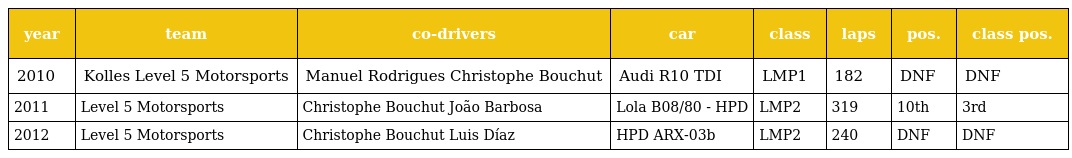
| year | team | co-drivers | car | class | laps | pos. | class pos. |
 | --- | --- | --- | --- | --- | --- | --- | --- |
 | 2010 | Kolles Level 5 Motorsports | Manuel Rodrigues Christophe Bouchut | Audi R10 TDI | LMP1 | 182 | DNF | DNF |
 | 2011 | Level 5 Motorsports | Christophe Bouchut João Barbosa | Lola B08/80 - HPD | LMP2 | 319 | 10th | 3rd |
 | 2012 | Level 5 Motorsports | Christophe Bouchut Luis Díaz | HPD ARX-03b | LMP2 | 240 | DNF | DNF |